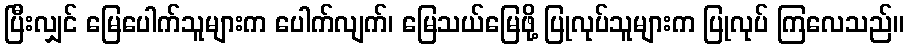
ပြီးလျှင် မြေပေါက်သူများက ပေါက်လျက်၊ မြေသယ်မြေဖို့ ပြုလုပ်သူများက ပြုလုပ် ကြလေသည်။